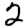
Digit: 2